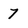
Character: 7